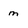
Character: m